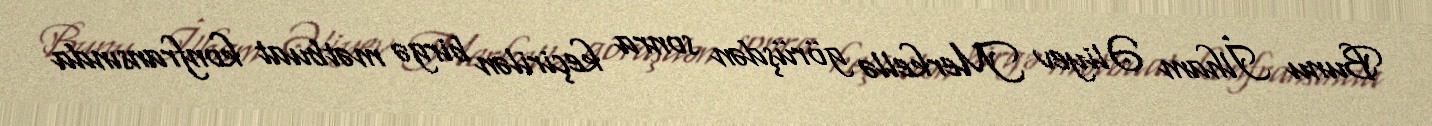
Bunu İlham Əliyev Merkellə görüşdən sonra keçirilən birgə mətbuat konfransında